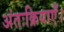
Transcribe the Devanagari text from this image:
अंतःक्रियाएँ।